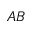
A B